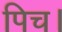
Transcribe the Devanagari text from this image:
पिच।